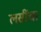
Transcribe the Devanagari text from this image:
लसींचा